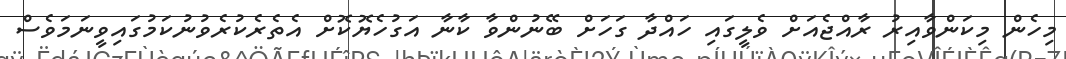
މިހެން މިކަންވާއިރު ރާއްޖެއަށް ވެލީގައި ހައްދާ ގަހަށް ބޭނުންވާ ކާނާ އަގުހެޔޮކޮށް އެތެރެކުރެވުނުކަމުގައިވީނަމަވެސް